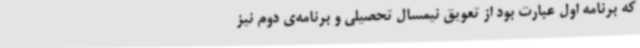
که برنامه اول عبارت بود از تعویق نیمسال تحصیلی و برنامه‌ی دوم نیز